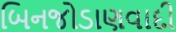
બિનજોડાણવાદી